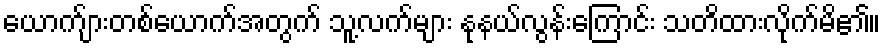
ယောက်ျားတစ်ယောက်အတွက် သူ့လက်များ နုနယ်လွန်းကြောင်း သတိထားလိုက်မိ၏။